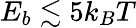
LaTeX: E_{b}\lesssim 5k_{B}T